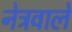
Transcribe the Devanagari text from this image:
नेत्रवाले